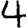
Digit: 4